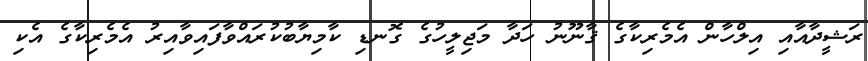
ރަޝީދާއާއި އިލްހާން އެމެރިކާގެ ޤާނޫނު ހަދާ މަޖިލީހުގެ ގޮނޑި ކާމިޔާބުކުރައްވާފައިވާއިރު އެމެރިކާގެ އެކި